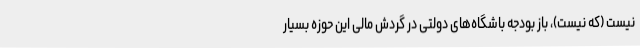
نیست (که نیست)، باز بودجه باشگاه‌های دولتی در گردش مالی این حوزه بسیار